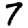
Digit: 7